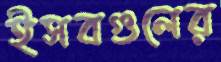
ইসবগুলের